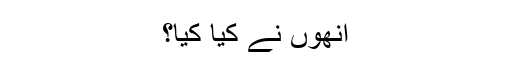
انھوں نے کیا کیا؟